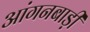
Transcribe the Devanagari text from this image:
आंगनबाड़़ी